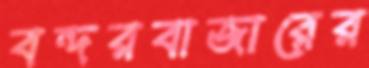
বন্দরবাজারের